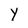
Character: Y